Martna_vallavalitsus, lk 3
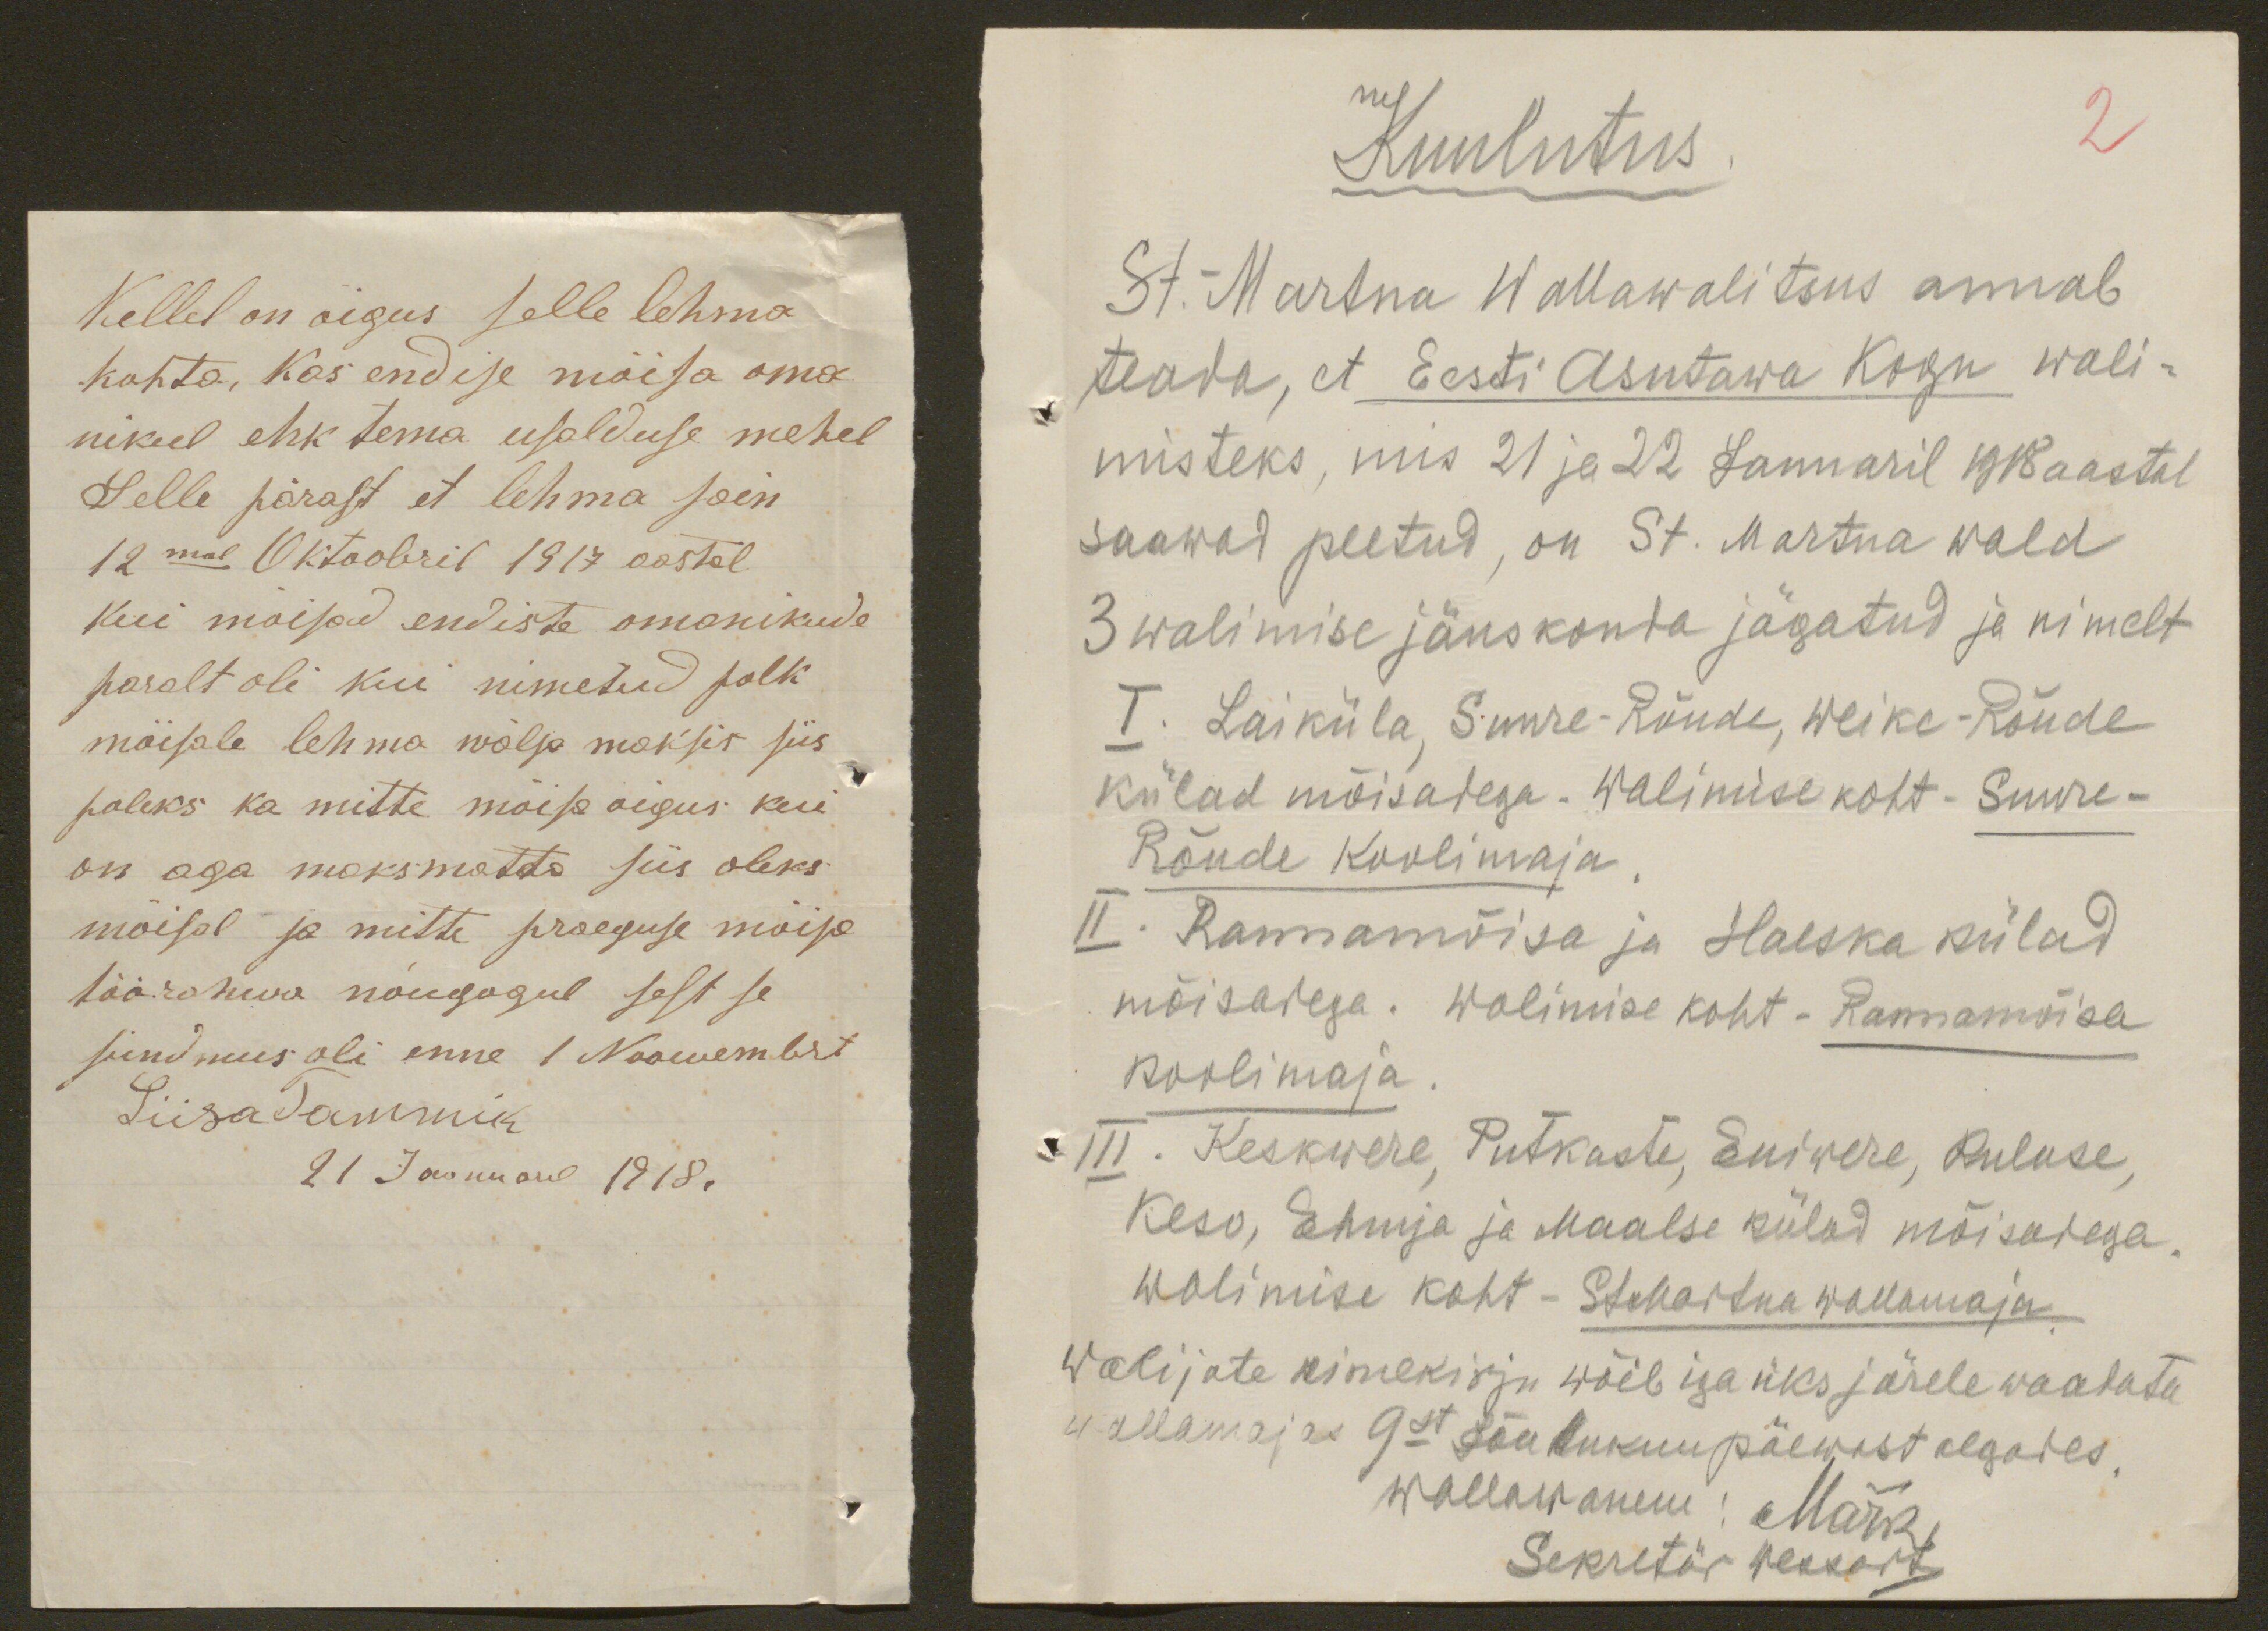
Kellel on õigus selle lehma
kohta, kas endise mõisa oma
nikul ehk tema usalduse mehel
Selle pärast et lehma sain
12mal Oktoobril 1917 aastal
kui mõisad endiste omanikude
paralt oli kui nimetud polk
mõisale lehma wälja maksis siis
poleks ka mitte mõisa õigus kui
on aga maksmatta siis oleks
mõisal ja mitte praeguse mõisa
töörahwa nõugogul sest se
sündmus oli enne 1 Nowembrt
Liisa Tammik
21 Jaanuaril 1918.

Kuulutus
2
St.-Martna Wallawalitsus annab
teada, et Eesti Asutawa Kogu wali-
misteks, mis 21 ja 22 Januaril 1918 aastal
saawad peetud, on St. Martna wald
3 walimise jäuskonda jägatud ja nimelt
I. Laiküla, Suure-Rõude, Weike-Rõude
külad mõisadega. Walimise koht - Suure-
Rõude Koolimaja
II. Rannamõisa ja Haeska külad
mõisadega. Walimise koht - Rannamõisa
koolimaja
III. Keskwere, Putkaste, Eniwere, Kuluse,
Keso, Ehmja ja Maalse külad mõisadega
Walimise koht - StMartna wallamaja.
Walijate nimekirju wõib iga üks järele waadata
wallamajas 9st Jõulukuu päewast algades.
Wallawanem: Märk
Sekretär Rekkort